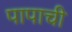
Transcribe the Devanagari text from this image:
पापाची